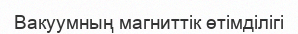
Вакуумның магниттік өтімділігі